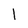
Character: 1